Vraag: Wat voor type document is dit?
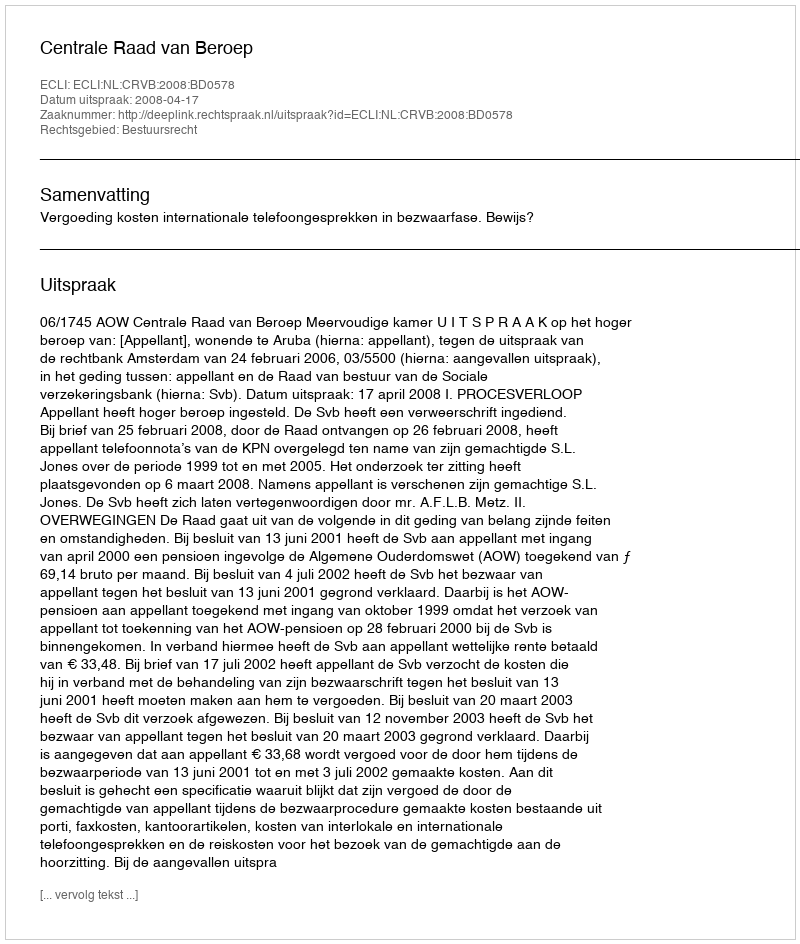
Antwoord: Uitspraak